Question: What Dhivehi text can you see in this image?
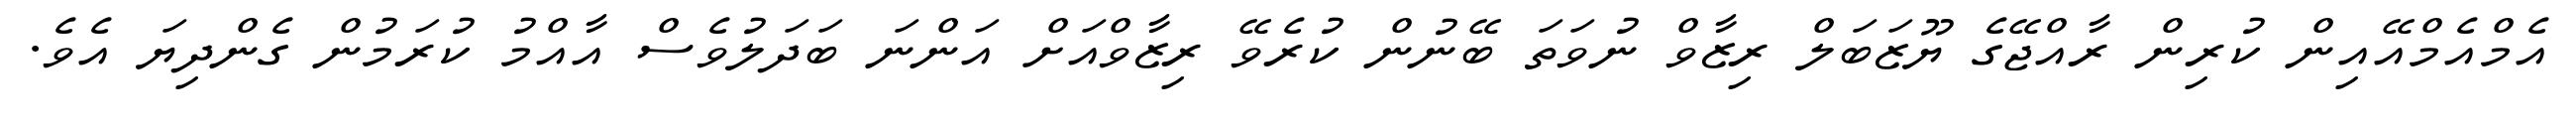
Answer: އެމްއެމްއޭއިން ކުރިން ރާއްޖޭގެ ޔޫޒަބަލް ރިޒާވް ނުވަތަ ބޭނުން ކުރެވޭ ރިޒާވްއަށް އަންނަ ބަދަލުވެސް އާއްމު ކުރަމުން ގެންދިޔަ އެވެ.